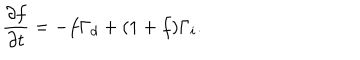
LaTeX: \frac { \partial f } { \partial t } = - f \Gamma _ { d } + ( 1 + f ) \Gamma _ { i } .